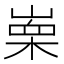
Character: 𭪼